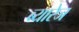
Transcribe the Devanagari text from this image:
ब्यारेज